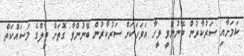
ކަމަށާއި ސަރުކާރުން ބޭނުންވީ ވީހާ އަވަހަކަށް ސަރުކާރުން ބޭނުންވާ ގޮތަށް ބިލްގެ މަސައްކަތް